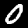
Label: 0